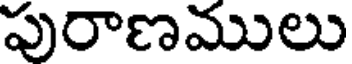
పురాణములు